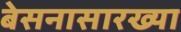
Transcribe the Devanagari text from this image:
बेसनासारख्या